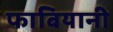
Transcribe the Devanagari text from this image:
फाबियानी